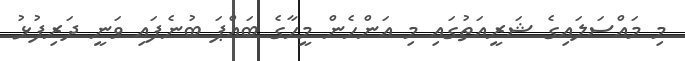
މި މައްސަލައިގެ ޝަރީއަތުގައި މި އަންހެން މީހާގެ ބައްޕަ ބުނެފައި ވަނީ ދަރިފުޅު